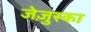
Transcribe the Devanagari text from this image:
जेज़ुस्का